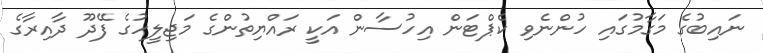
ނައިބުގެ މަގާމުގައި ހުންނެވި ކެޕްޓަން އިހުސާން އަކީ ރައްޔިތުންގެ މަޖިލީހުގެ ފޭދޫ ދާއިރާގެ